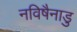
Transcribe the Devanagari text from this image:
नविषैनाडु